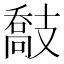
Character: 𢻤